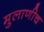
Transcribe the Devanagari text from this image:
मुलाणीच